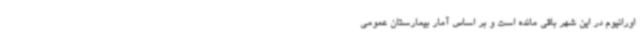
اورانیوم در این شهر باقی مانده است و بر اساس آمار بیمارستان عمومی